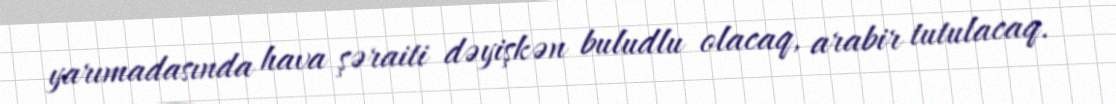
yarımadasında hava şəraiti dəyişkən buludlu olacaq, arabir tutulacaq.